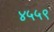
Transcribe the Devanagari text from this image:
४५५९